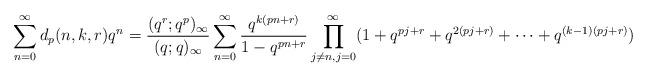
LaTeX: \begin{align*}\sum_{n = 0}^{\infty}d_{p}(n,k,r)q^{n} & = \frac{(q^{r};q^{p})_{\infty}}{(q;q)_{\infty}}\sum\limits_{n = 0}^{\infty} \frac{q^{k(pn + r)}}{1 - q^{pn + r}}\prod\limits_{j \neq n, j = 0}^{\infty}(1 + q^{pj + r} + q^{2(pj + r)} + \cdots + q^{(k - 1)(pj + r)} ) \end{align*}